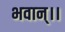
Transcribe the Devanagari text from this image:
भवान्।।